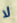
لا